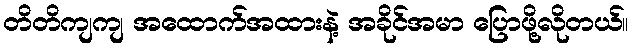
တိတိကျကျ အထောက်အထားနဲ့ အခိုင်အမာ ပြောဖို့လိုတယ်။